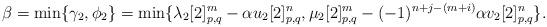
LaTeX: \begin{align*}\beta&=\min\{\gamma_2, \phi_2\} =\min\{\lambda_2[2]^m_{p,q}-\alpha u_2[2]^n_{p,q}, \mu_2[2]^m_{p,q}-(-1)^{n+j-(m+i)}\alpha v_2[2]^n_{p,q}\}.\end{align*}